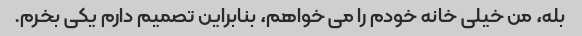
بله، من خیلی خانه خودم را می خواهم، بنابراین تصمیم دارم یکی بخرم.